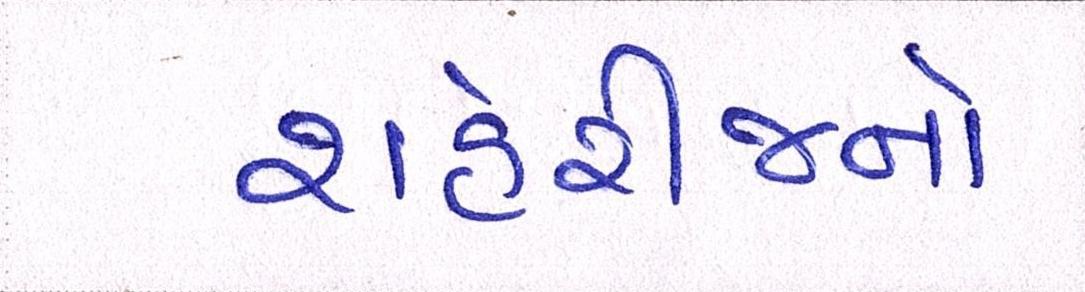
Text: શહેરીજનો